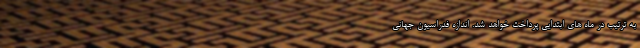
به ترتیب در ماه های ابتدایی پرداخت خواهد شد. اندازه فدراسیون جهانی